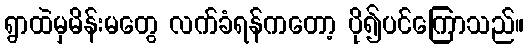
ရွာထဲမှမိန်းမတွေ လက်ခံရန်ကတော့ ပို၍ပင်ကြောသည်။